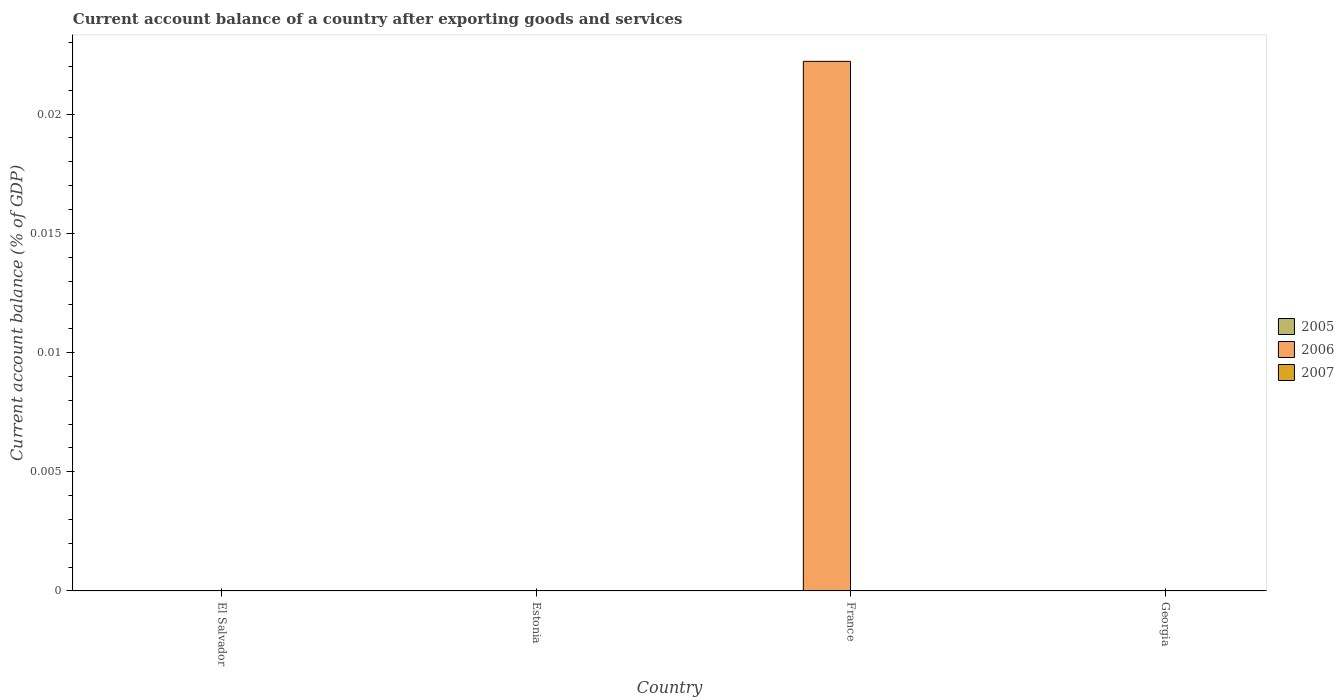
| Country | 2005 | 2006 | 2007 |
 | --- | --- | --- | --- |
 | El Salvador | -3.64 | -4.13 | -6.05 |
 | Estonia | -9.9 | -15.2 | -15.8 |
 | France | -0.0062 | 0.0222 | -0.328 |
 | Georgia | -10.8 | -15.4 | -19.6 |